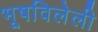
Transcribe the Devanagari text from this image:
भूषविलेली